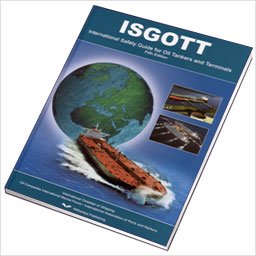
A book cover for ISGOTT: International Safety Guide for Oil Tankers and Terminals; Law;